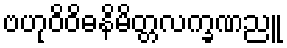
ဗဟုဝိဝိဓနိမိတ္တလက္ခဏညူ